Source: Handwritten
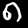
Digit: ၈ (8)